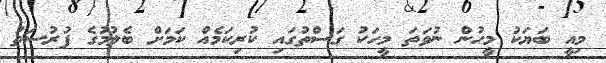
މިއީ ބަޔަކު މީހުން ނުވަތަ މީހަކު ގަސްތުގައި ކުރިކަމެއް ކަމަށް ބެލުމުގެ ފުރުސަތު